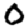
Digit: 0